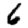
Digit: 6